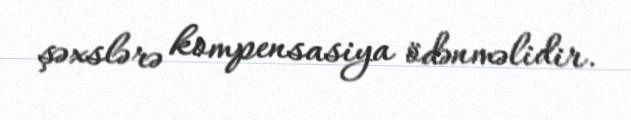
şəxslərə kompensasiya ödənməlidir.